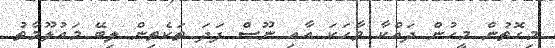
މިގޮތުން މީހުން ދައްކާ ވާހަކަ އާއި ނޫސް ފަދަ ތަކެތިން ލިބޭ މައުލޫމާތު